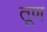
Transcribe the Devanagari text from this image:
तूण